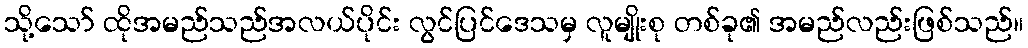
သို့သော် ထိုအမည်သည်အလယ်ပိုင်း လွင်ပြင်ဒေသမှ လူမျိုးစု တစ်ခု၏ အမည်လည်းဖြစ်သည်။